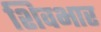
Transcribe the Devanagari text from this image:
शिवभार